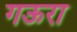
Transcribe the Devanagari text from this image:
गऊरा